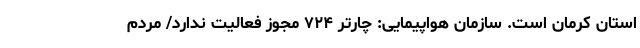
استان کرمان است. سازمان هواپیمایی: چارتر ۷۲۴ مجوز فعالیت ندارد/ مردم